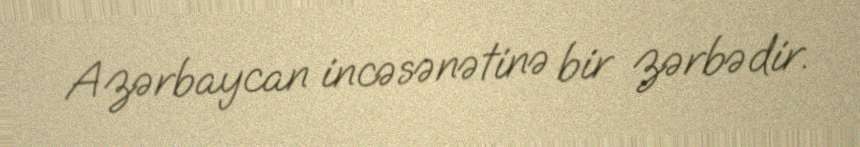
Azərbaycan incəsənətinə bir zərbədir.